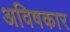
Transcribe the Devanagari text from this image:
अविषकार